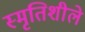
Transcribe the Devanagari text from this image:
स्मृतिशीले